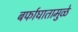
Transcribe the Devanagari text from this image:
बर्फाघातामुळे